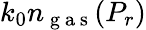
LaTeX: k_{0}n_{\mathrm{~g~a~s~}}(P_{r})